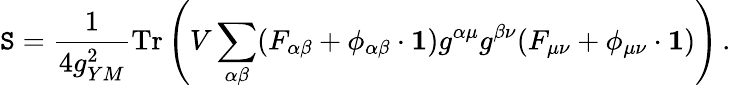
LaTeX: \mathtt{S}=\frac{{1}}{{4g_{YM}^{2}}}\mathrm{{Tr}}\left(V\sum_{\alpha\beta}(F_{\alpha\beta}+\phi_{\alpha\beta}\cdot{\mathbf{1}})g^{\alpha\mu}g^{\beta\nu}(F_{\mu\nu}+\phi_{\mu\nu}\cdot{\mathbf{1}})\right)\, .